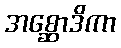
အစ္ဆောဒိကာ